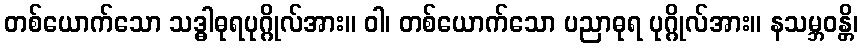
တစ်ယောက်သော သဒ္ဓါဓုရပုဂ္ဂိုလ်အား။ ဝါ၊ တစ်ယောက်သော ပညာဓုရ ပုဂ္ဂိုလ်အား။ နသမ္ဘဝန္တိ၊